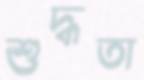
শুদ্ধতা